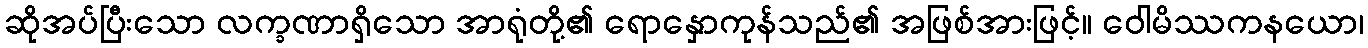
ဆိုအပ်ပြီးသော လက္ခဏာရှိသော အာရုံတို့၏ ရောနှောကုန်သည်၏ အဖြစ်အားဖြင့်။ ဝေါမိဿကနယော၊